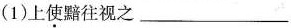
(1)上使黯往视之___